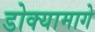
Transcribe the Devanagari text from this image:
डोक्यामागे